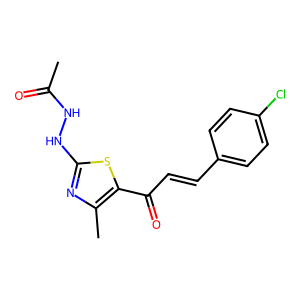
SMILES: CC(=O)NNc1nc(C)c(C(=O)C=Cc2ccc(Cl)cc2)s1
Inhibits HIV replication: No